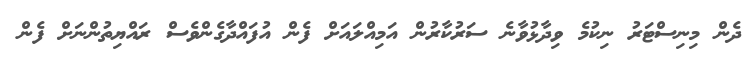
ދެން މިނިސްޓަރު ނިކުމެ ވިދާޅުވާނެ ސަރުކާރުން އަމިއްލައަށް ފެން އުފައްދާގެންވެސް ރައްޔިތުންނަށް ފެން